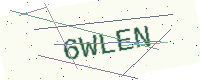
Text: 6WLEN